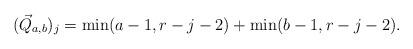
LaTeX: \begin{align*}(\vec{Q}_{a,b})_j = \min(a-1,r-j-2)+\min(b-1,r-j-2).\end{align*}